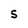
Character: S